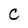
Character: C